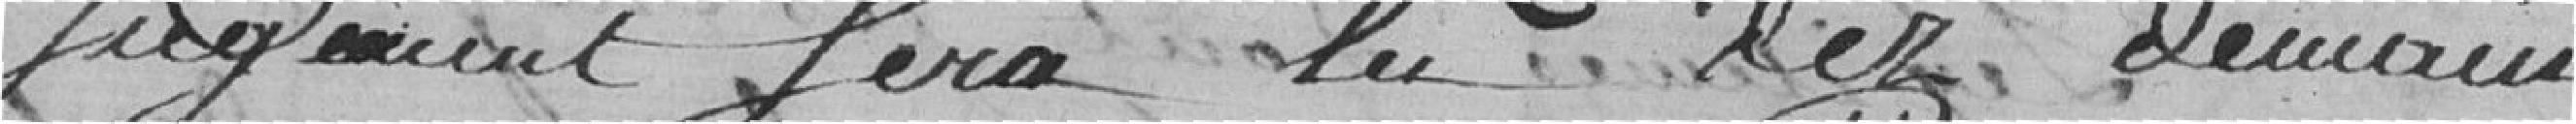
jugement sera lu dès demain